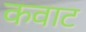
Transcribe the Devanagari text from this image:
कवाट